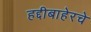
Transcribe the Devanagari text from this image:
हद्दीबाहेरचे